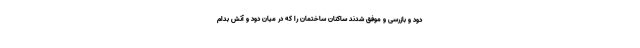
دود و بازرسی و موفق شدند ساکنان ساختمان را که در میان دود و آتش بدام